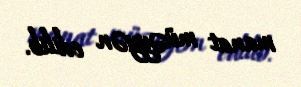
manat müəyyən edilib.